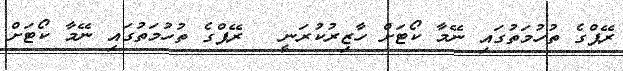
ރޭޕްގެ ތުހުމަތުގައި ނޭމާ ކޯޓަށް ހާޒިރުކުރަނީ  	ރޭޕްގެ ތުހުމަތުގައި ނޭމާ ކޯޓަށް